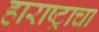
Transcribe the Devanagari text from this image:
हाराष्ट्राचा